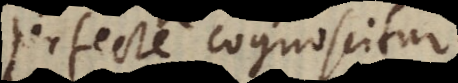
perfecte cognoscitur.